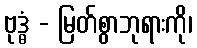
ဗုဒ္ဓံ - မြတ်စွာဘုရားကို၊